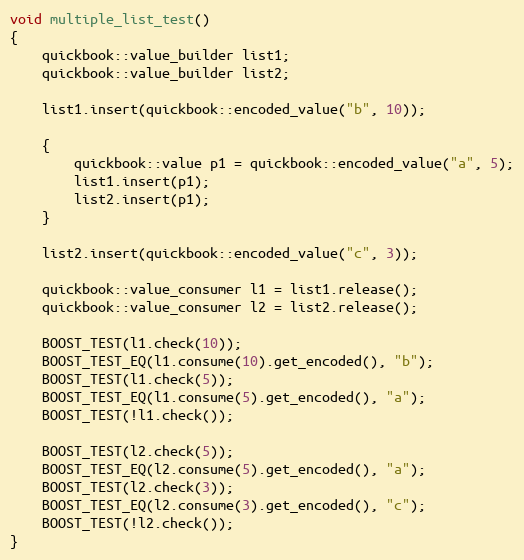
Language: C++
void multiple_list_test()
{
    quickbook::value_builder list1;
    quickbook::value_builder list2;

    list1.insert(quickbook::encoded_value("b", 10));

    {
        quickbook::value p1 = quickbook::encoded_value("a", 5);
        list1.insert(p1);
        list2.insert(p1);
    }

    list2.insert(quickbook::encoded_value("c", 3));

    quickbook::value_consumer l1 = list1.release();
    quickbook::value_consumer l2 = list2.release();

    BOOST_TEST(l1.check(10));
    BOOST_TEST_EQ(l1.consume(10).get_encoded(), "b");
    BOOST_TEST(l1.check(5));
    BOOST_TEST_EQ(l1.consume(5).get_encoded(), "a");
    BOOST_TEST(!l1.check());

    BOOST_TEST(l2.check(5));
    BOOST_TEST_EQ(l2.consume(5).get_encoded(), "a");
    BOOST_TEST(l2.check(3));
    BOOST_TEST_EQ(l2.consume(3).get_encoded(), "c");
    BOOST_TEST(!l2.check());
}